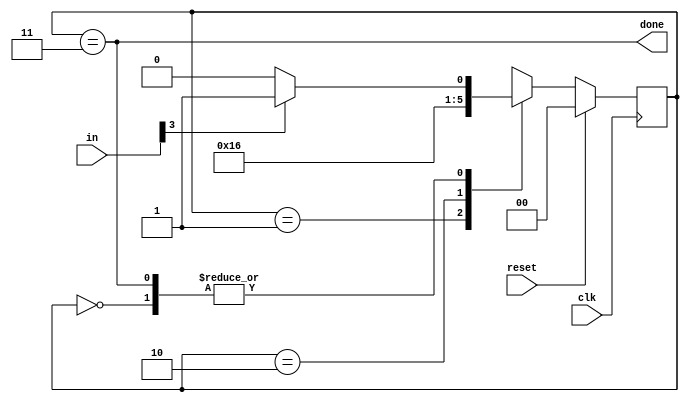
module top_module(
    input clk,
    input [7:0] in,
    input reset, 
    output done);

    parameter BT1 = 0, BT2 = 1, BT3 = 2, DONE = 3;
    reg [1:0] state, next_state;

    always @(*) begin
        case(state)
            BT1 :
                if(in[3])   next_state <= BT2;
                else        next_state <= BT1;
            BT2 :
                next_state <= BT3;
            BT3 :
                next_state <= DONE;
            DONE : 
                if(in[3])   next_state <= BT2;
                else        next_state <= BT1;
            default : 
                next_state <= next_state;
        endcase
    end

    always @(posedge clk)
        if(reset)
            state <= BT1;
        else
            state <= next_state;

    assign done = ( state == DONE );
            

endmodule